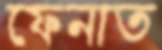
ফেনাত